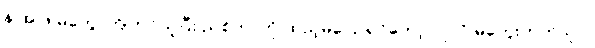
န.အ.ဖ မဲတွေ ကြိုတင်ယူပြီး ညစ်တာကို ထည့်မပြောရင်တော့ လူလို မတွေးတတ်သူပဲ၊